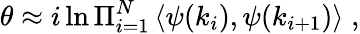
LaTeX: \theta\approx i\ln\Pi_{i=1}^{N}\left<\psi(k_{i}),\psi(k_{i+1})\right>\; ,